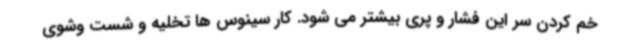
خم کردن سر این فشار و پری بیشتر می شود. کار سینوس ها تخلیه و شست وشوی